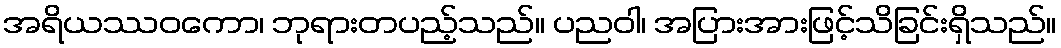
အရိယဿဝကော၊ ဘုရားတပည့်သည်။ ပညဝါ၊ အပြားအားဖြင့်သိခြင်းရှိသည်။